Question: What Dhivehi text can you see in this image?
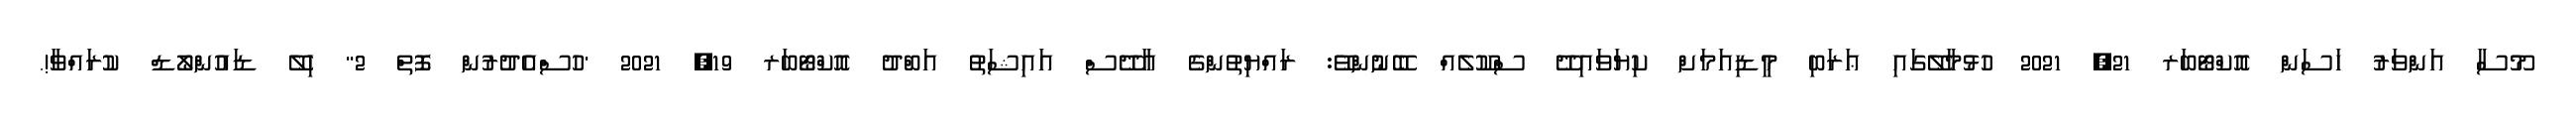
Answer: މޫސާ އަންވަރު ހަސަން އޮކްޓޯބަރ 21, 2021 ހުޅުމާލޭގައި ޢަރަބި މީޑިއަމަށް ކިޔަވައިދޭ ސްކޫލެއް ބޭނުންވޭ: ރައްޔިތުންގެ އާދޭސް އައިޝަތު އަބްދު އޮކްޓޯބަރ 19, 2021 "ހުސްއެދުރުން ފޮތް 2" ހިލޭ ޑައުންލޯޑް ކުރައްވާ!.